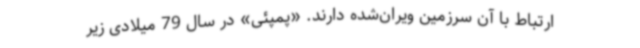
ارتباط با آن سرزمین ویران‌شده دارند. «پمپئی» در سال 79 میلادی زیر